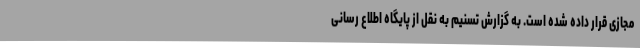
مجازی قرار داده شده است. به گزارش تسنیم به نقل از پایگاه اطلاع رسانی